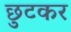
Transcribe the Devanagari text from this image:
छुटकर